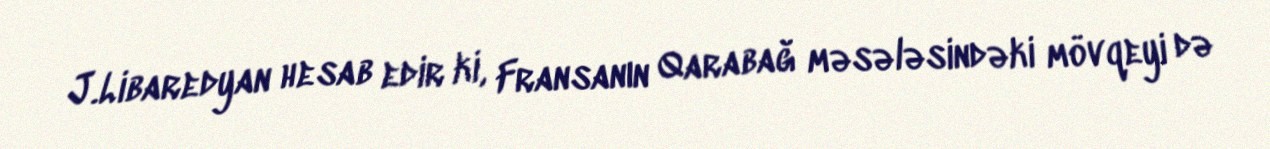
J.Libaredyan hesab edir ki, Fransanın Qarabağ məsələsindəki mövqeyi də